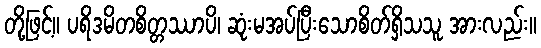
တို့ဖြင့်။ ပရိဒမိတစိတ္တဿာပိ၊ ဆုံးမအပ်ပြီးသောစိတ်ရှိသသူ အားလည်း။